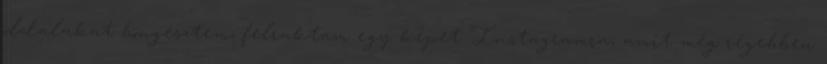
oldalakat böngésztem, felraktam egy képet Instagramra, amit még régebben